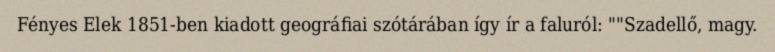
Fényes Elek 1851-ben kiadott geográfiai szótárában így ír a faluról: ""Szadellő, magy.